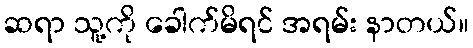
ဆရာ သူ့ကို ခေါက်မိရင် အရမ်း နာတယ်။